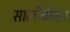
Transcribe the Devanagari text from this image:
सालीबीव्हर